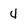
Character: 4